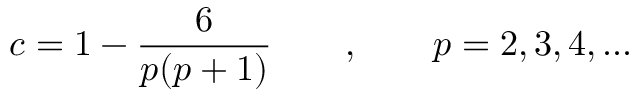
c = 1 - \frac { 6 } { p ( p + 1 ) } \qquad , \qquad p = 2 , 3 , 4 , . . .